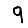
Digit: 9